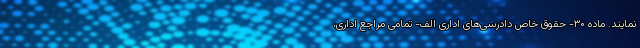
نمایند. ماده ۳۰- حقوق خاص دادرسی‌های اداری الف- تمامی مراجع اداری،